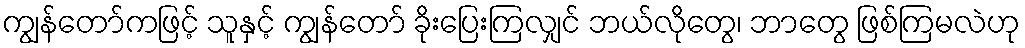
ကျွန်တော်ကဖြင့် သူနှင့် ကျွန်တော် ခိုးပြေးကြလျှင် ဘယ်လိုတွေ၊ ဘာတွေ ဖြစ်ကြမလဲဟု